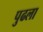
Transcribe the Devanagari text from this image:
पुढला